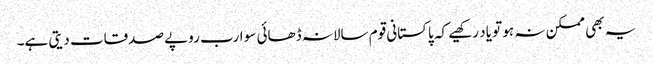
یہ بھی ممکن نہ ہو تو یاد رکھیے کہ پاکستانی قوم سالانہ ڈھائی سو ارب روپے صدقات دیتی ہے۔